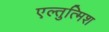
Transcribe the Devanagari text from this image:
एल्तुत्मिश